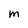
Character: M